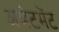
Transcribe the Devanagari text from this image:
अबेटमेंट